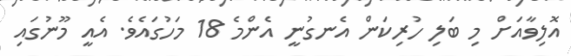
އޮލިވާއަށް މި ބަލި ހުރިކަން އެނގުނީ އެންމެ 18 މަހުގައެވެ. އެއީ މޫނުގައި